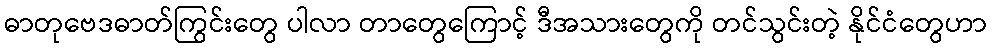
ဓာတုဗေဒဓာတ်ကြွင်းတွေ ပါလာ တာတွေကြောင့် ဒီအသားတွေကို တင်သွင်းတဲ့ နိုင်ငံတွေဟာ